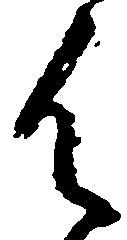
御